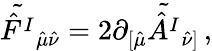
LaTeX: \tilde{\hat{F}^{I}}{}_{\hat{\mu}\hat{\nu}}=2\partial_{[\hat{\mu}}\tilde{\hat{A}^{I}}{}_{\hat{\nu}]}\, ,